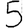
Digit: 5